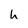
Character: h